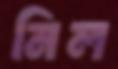
নিল